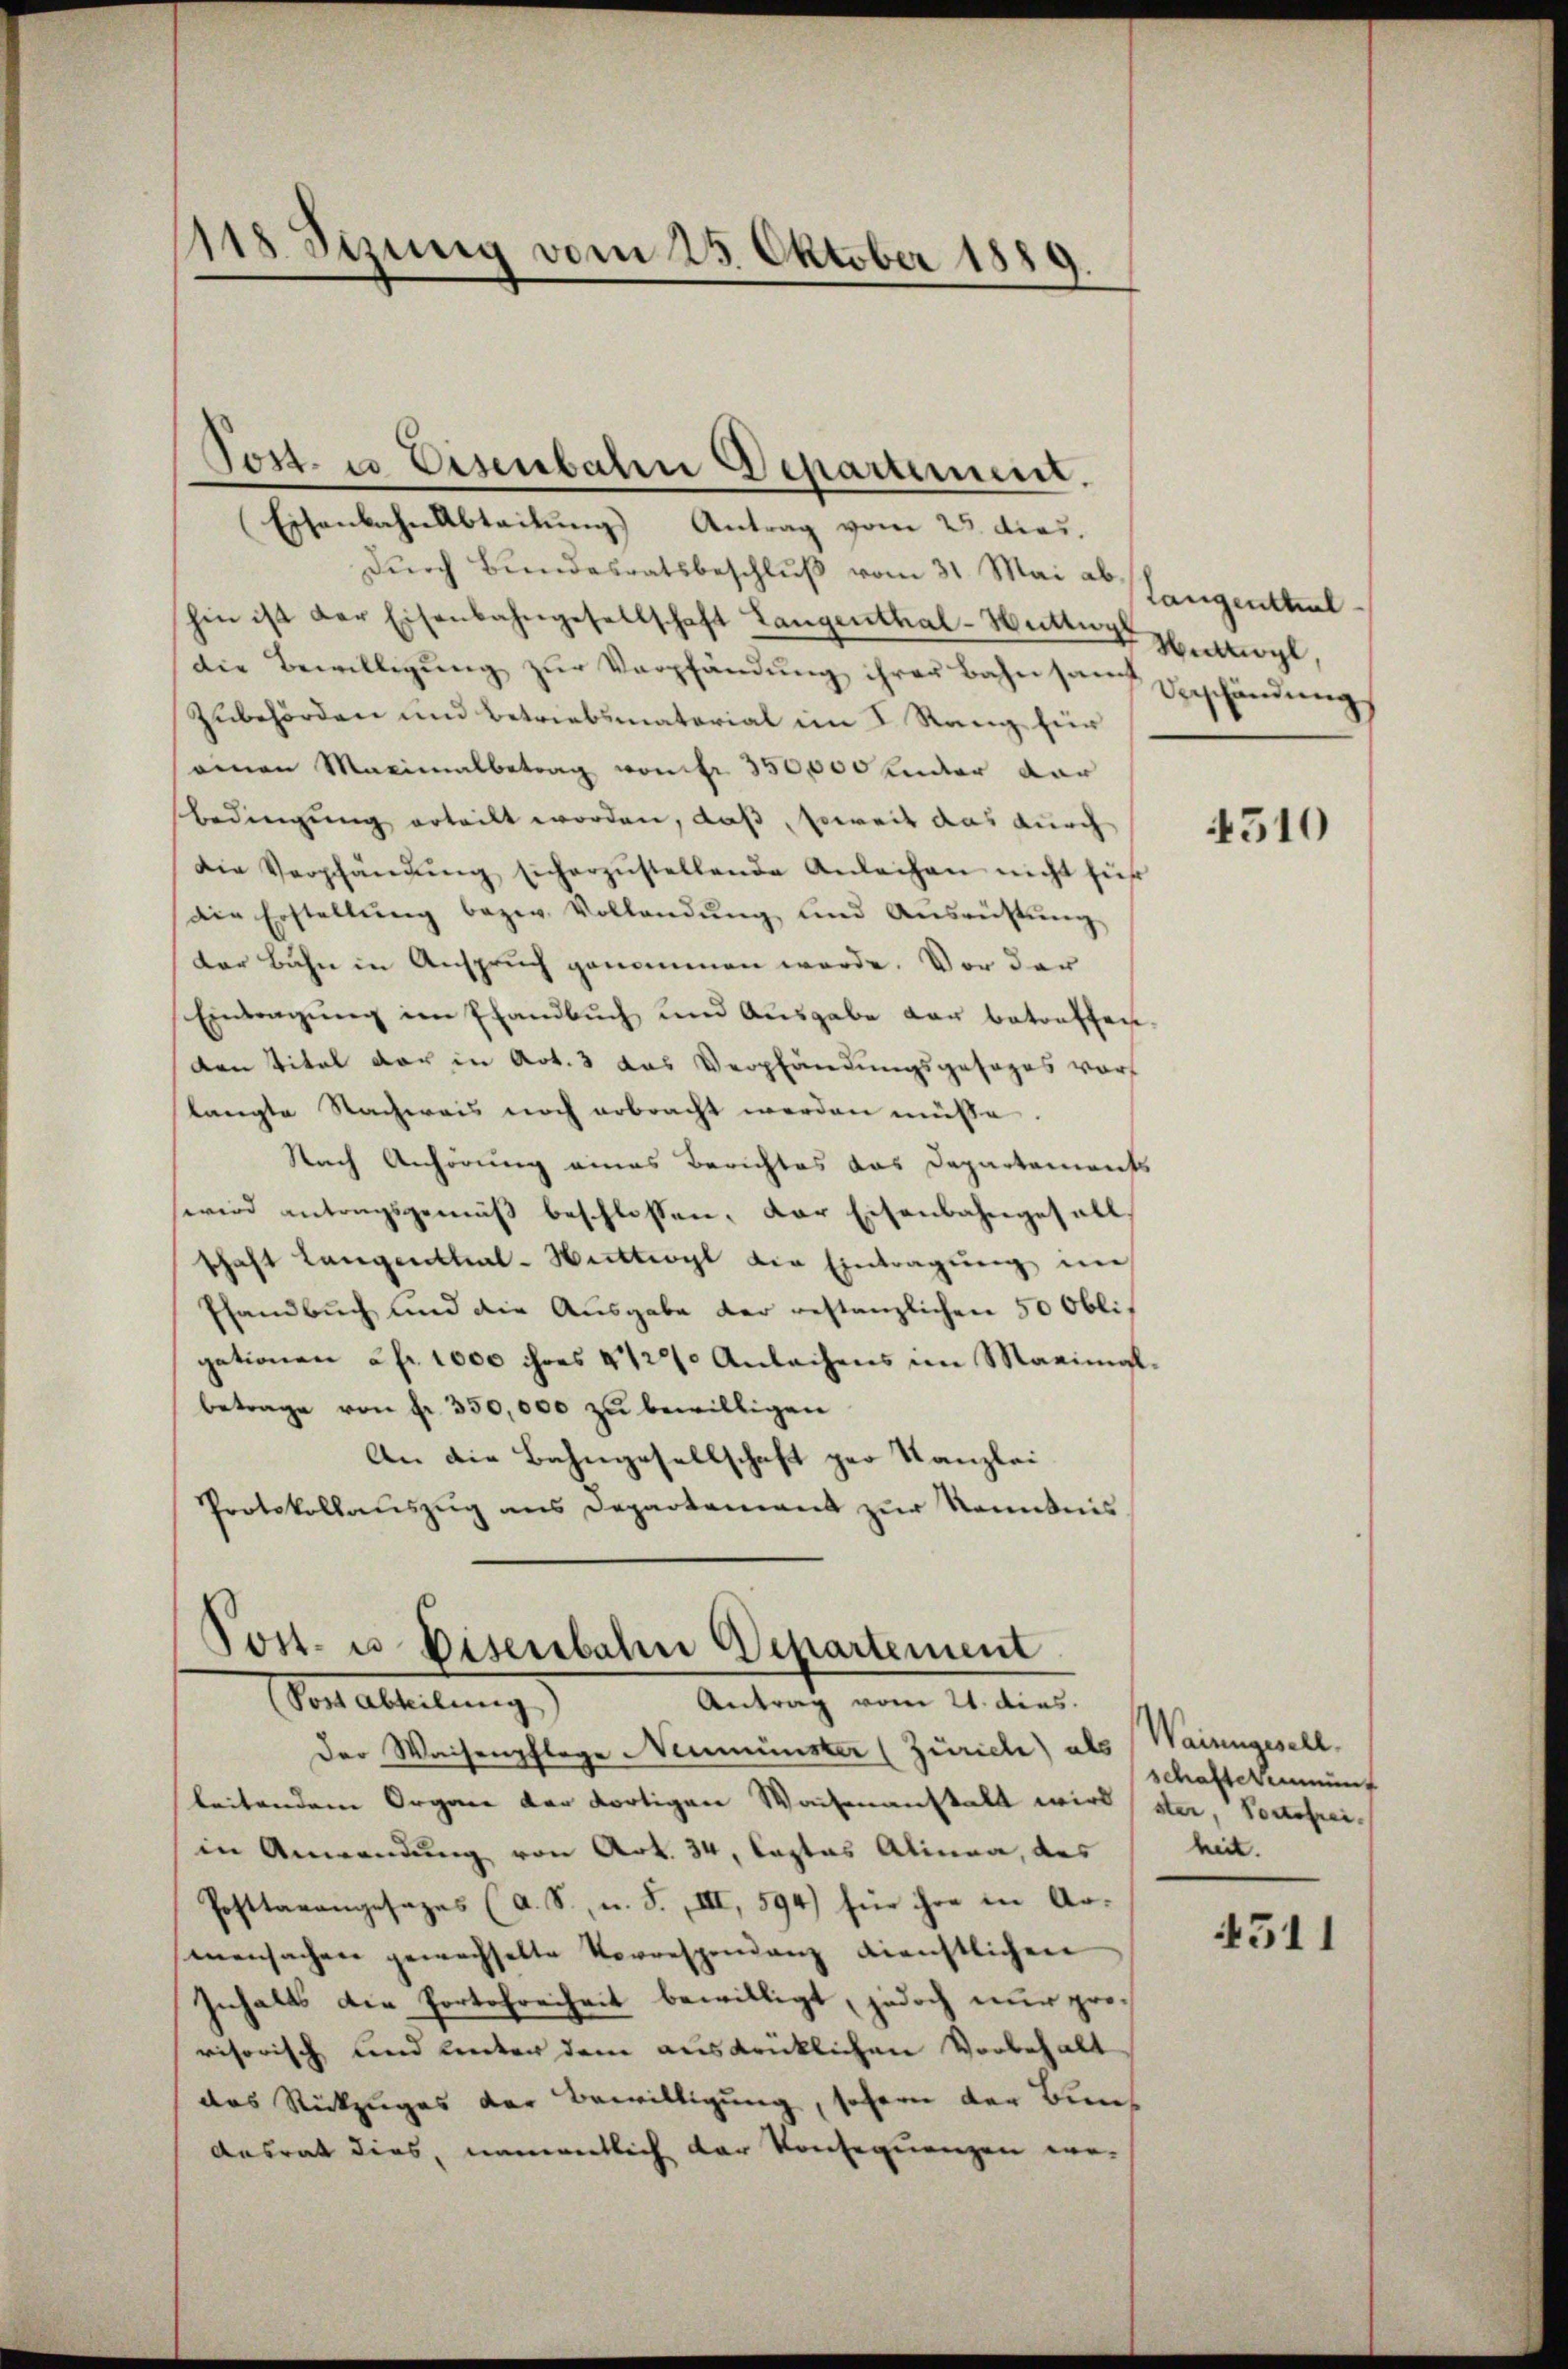
118. Sizung vom 23. Oktober 1889.

EisenbahnAbteilung Antrag vom 25. dies.
Dŭrch Bundesratsbeschlŭβ vom 31. Mai ab
hin ist der Eisenbahngesellschaft Langenthal-Watte etwyl,
die Bewilligŭng zŭr Verpfändŭng ihrer Bahn samt Beschändŭng
Zubehörden und Betriebsmaterial im I. Rang für
seinen Maximalbetrag vomer 350,000 ander dar
Bedingung erteilt worden, daß, soweit das durch
Die Verpfändŭng sicherzŭstellende Anleihen nicht für
Die Erstellŭng bezw. Vollandŭng und Ausrüstŭng
der Bahn in Anspruch genommen werde. Vor der
Eintragung im Pfandbuch und Ausgabe der betreffen,
den Titel der in Art. 3 das Verpfändungsgesages vor
langte Nachweis noch erbracht werden müsse.
Nach Anhörung eines Berichtes das Departements
wird antragsgemäß beschlossen, der Eisenbahngefalls
schaft Langenthal-Hechtigt die Eintragŭng im
Pfandbuch und die Ausgabe der restanzlichen 50 Oblis
gationen a fr. 1000 ihres 112 Anlachens im Marinigl.
betrage von fr. 350,000 zu bewilligen
An die Bahngesellschaft per Kanzlei
Protokollauszug aus Departement zur Kenntnis

Post. u. Eisenbahn Departement.

Post- u. Disenbahne Departement
(Post abteilung)
Antrag vom 21. dies

Der Waisenpflege Neumünster (Zürich) als
leitendem Organe der dortigen Wachenanstall wird
in Anwendung von Art. 34, Castas Alinea, das
Posttarangesages (A. S., u. S., III, 594) für ihre in Armensachen gewechselte Vorrespendanz dienstlichen
Inhalts die Portofreiheit bewilligt, jedoch nur provisorisch und hinter dem ausdrücklichen Vorbehalt
das Rückzuges der Bewilligung, sofern der Bun¬
Ansrat dies, namentlich der Konsequenzen ver¬

Langenthiel

4510

Wainngesell
schaftetenunf
ster, Portofrei.
heit.

4511